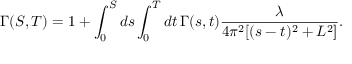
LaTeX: \Gamma ( S , T ) = 1 + \int _ { 0 } ^ { S } d s \int _ { 0 } ^ { T } d t \, \Gamma ( s , t ) \frac { \lambda } { 4 \pi ^ { 2 } [ ( s - t ) ^ { 2 } + L ^ { 2 } ] } .